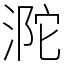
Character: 𣵻